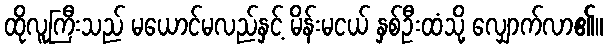
ထိုလူကြီးသည် မယောင်မလည်နှင့် မိန်းမငယ် နှစ်ဦးထံသို့ လျှောက်လာ၏။